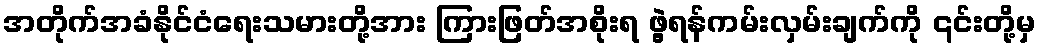
အတိုက်အခံနိုင်ငံရေးသမားတို့အား ကြားဖြတ်အစိုးရ ဖွဲ့ရန်ကမ်းလှမ်းချက်ကို ၎င်းတို့မှ